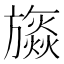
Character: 𣄡